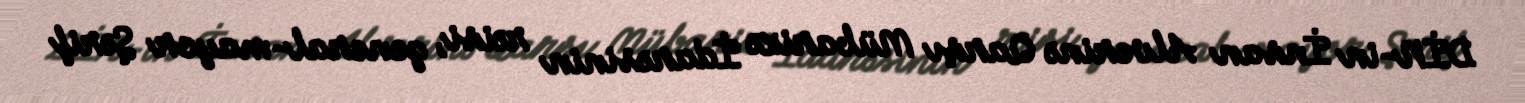
DİN-in İnsan Alverinə Qarşı Mübarizə İdarəsinin rəisi, general-mayor Şərif